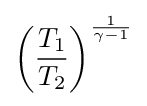
\left({\frac {T_{1}}{T_{2}}}\right)^{\frac {1}{\gamma -1}}